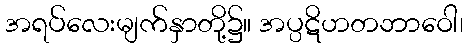
အရပ်လေးမျက်နှာတို့၌။ အပ္ပဋိဟတဘာဝေါ၊